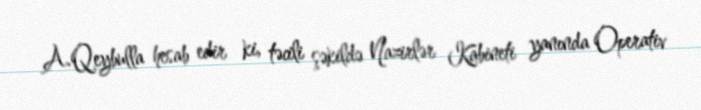
A.Qeybulla hesab edir ki, təcili şəkildə Nazirlər Kabineti yanında Operativ